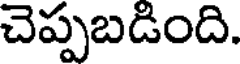
చెప్పబడింది.